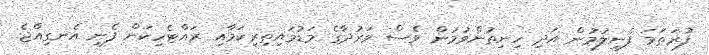
ފުރަތަމަ ފެނިލުމުން އަދި ހިނިތުންވުމުން ވެސް ވަރުދާގެ މަޑުމައިތިރިކަމާއި ރައްޓެހިކަން ފެނި އެނގިއްޖެ